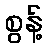
စွန့်